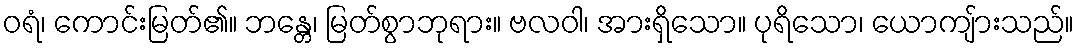
ဝရံ၊ ကောင်းမြတ်၏။ ဘန္တေ၊ မြတ်စွာဘုရား။ ဗလဝါ၊ အားရှိသော။ ပုရိသော၊ ယောကျ်ားသည်။